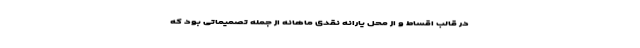
در قالب اقساط و از محل یارانه نقدی ماهانه از جمله تصمیماتی بود که